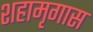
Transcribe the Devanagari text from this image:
शहामृगास